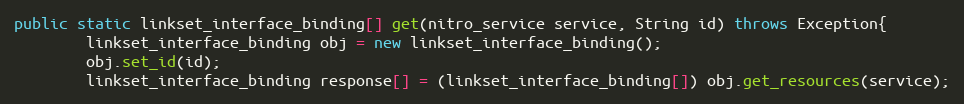
Language: Java
public static linkset_interface_binding[] get(nitro_service service, String id) throws Exception{
		linkset_interface_binding obj = new linkset_interface_binding();
		obj.set_id(id);
		linkset_interface_binding response[] = (linkset_interface_binding[]) obj.get_resources(service);